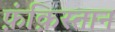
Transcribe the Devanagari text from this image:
फ़ंक़िस्तान